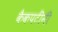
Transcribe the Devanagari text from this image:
कैकपटींनी